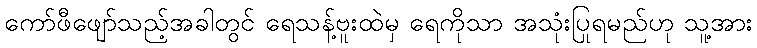
ကော်ဖီဖျော်သည့်အခါတွင် ရေသန့်ဗူးထဲမှ ရေကိုသာ အသုံးပြုရမည်ဟု သူ့အား